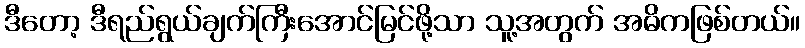
ဒီတော့ ဒီရည်ရွယ်ချက်ကြီးအောင်မြင်ဖို့သာ သူ့အတွက် အဓိကဖြစ်တယ်။